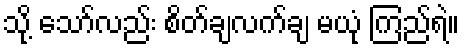
သို့ သော်လည်း စိတ်ချလက်ချ မယုံ ကြည်ရဲ။